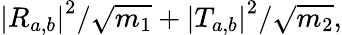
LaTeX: {\left|R_{a,b}\right|}^{2}/\sqrt{m_{1}}+{\left|T_{a,b}\right|}^{2}/\sqrt{m_{2}},